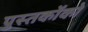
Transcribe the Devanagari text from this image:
पुस्‍तकोंको